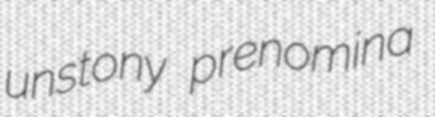
unstony prenomina